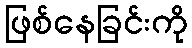
ဖြစ်နေခြင်းကို